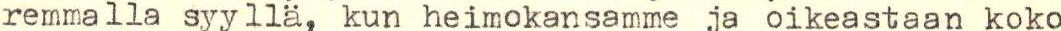
remmalla syyllä, kun heimokansamme ja oikeastaan koko